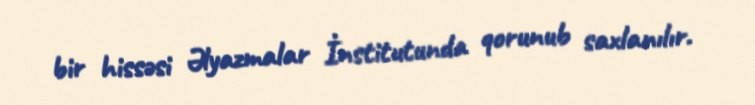
bir hissəsi Əlyazmalar İnstitutunda qorunub saxlanılır.